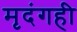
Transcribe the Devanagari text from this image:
मृदंगही